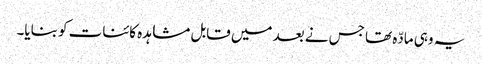
یہ وہی مادّہ تھا جس نے بعد میں قابل مشاہدہ کائنات کو بنایا۔